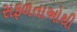
સફળતાઓથી